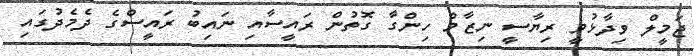
ޖަމީލް ވިދާޅުވީ ރިޔާސީ ނިޒާމް ހިންގާ ގޮތުން ރައީސާއި ނައިބު ރައީސްގެ ދެމެދުގައި